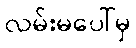
လမ်းမပေါ်မှ